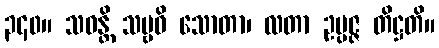
၃၄၀။ သဝန္တိ သဗ္ဗဓိ သောတာ၊ လတာ ဥပ္ပဇ္ဇ တိဋ္ဌတိ။